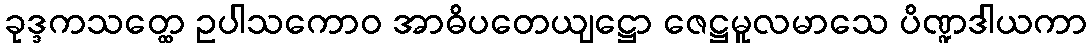
ခုဒ္ဒကသတ္ထေ ဥပါသကောဝ အာဓိပတေယျဋ္ဌော ဇေဋ္ဌမူလမာသေ ပိဏ္ဍဒါယကာ